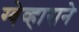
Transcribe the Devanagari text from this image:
ग्वेव्हाराने